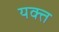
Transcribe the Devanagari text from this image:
यक्त